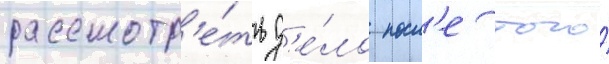
рассмотр'е́ть д'е́ло посл'е того́